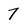
Character: 7